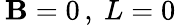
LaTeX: \, \mathbf{B}=0\, ,~L=0